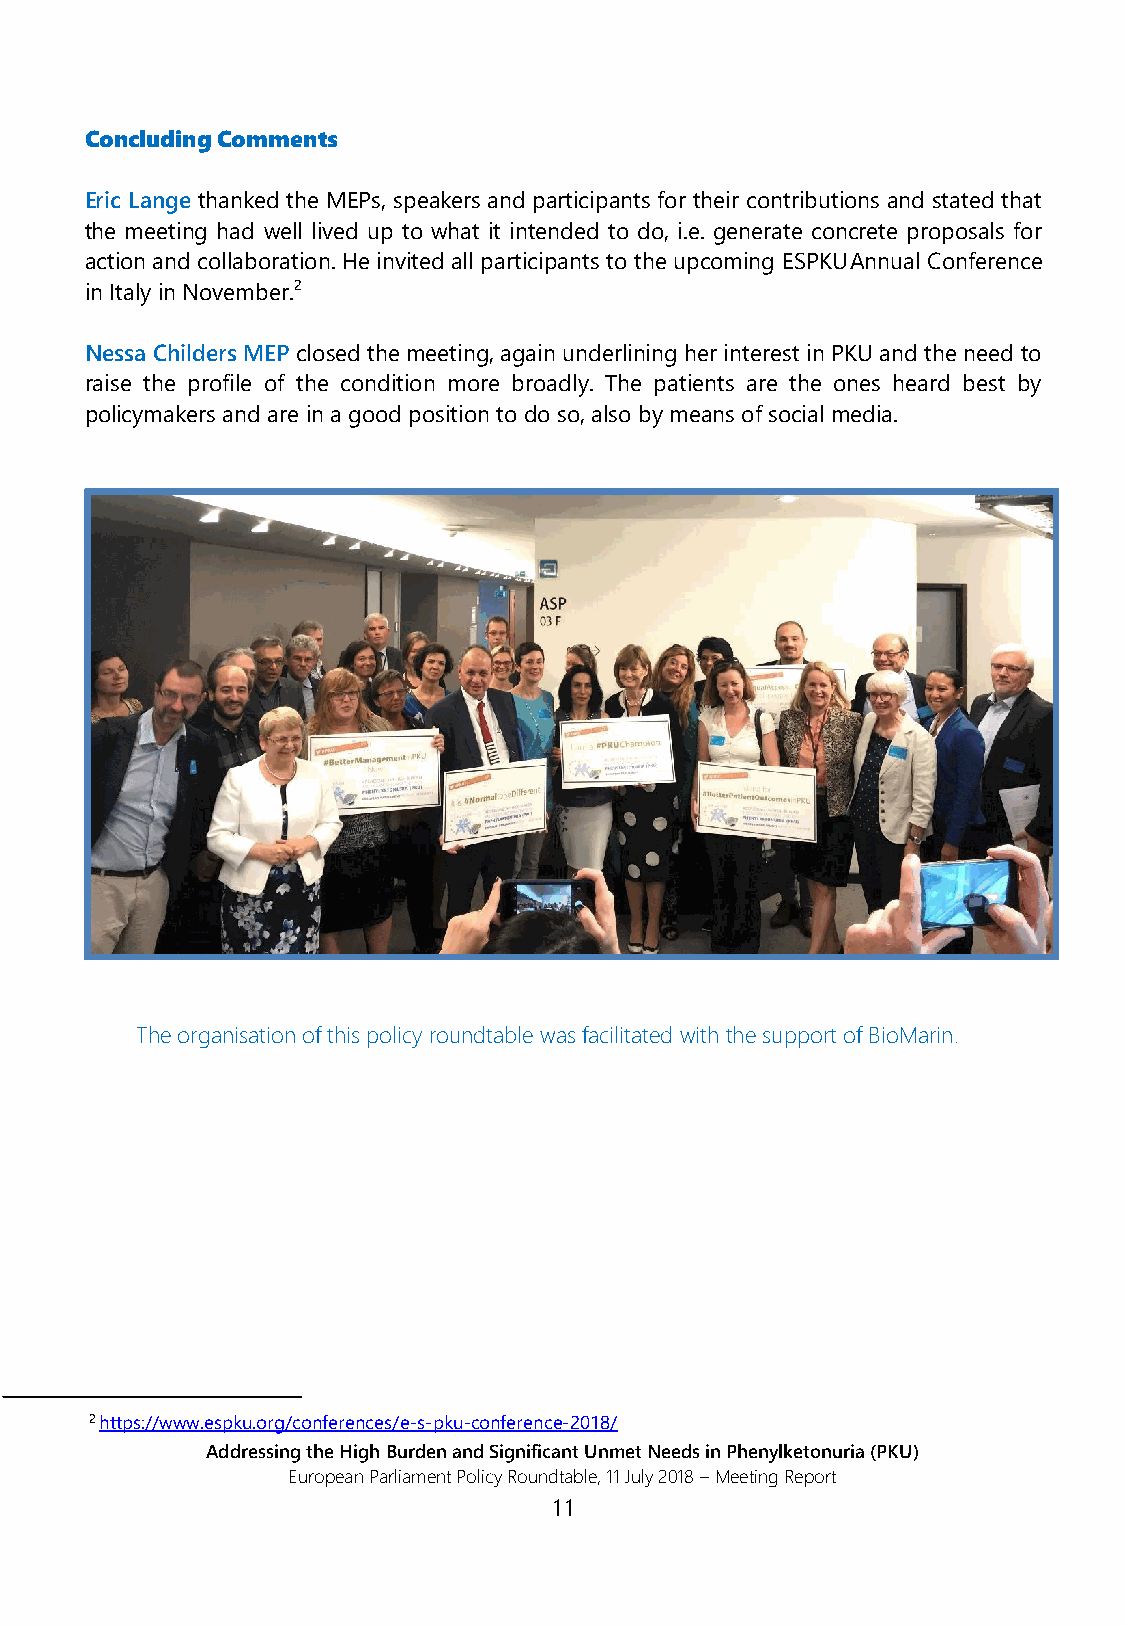
Concluding Comments
 Eric Lange thanked the MEPs, speakers and participants for their contributions and stated that
 the meeting had well lived up to what it intended to do, i.e. generate concrete proposals for
 action and collaboration. He invited all participants to the upcoming ESPKU Annual Conference
 in Italy in November.2
 Nessa Childers MEP closed the meeting, again underlining her interest in PKU and the need to
 raise the profile of the condition more broadly. The patients are the ones heard best by
 policymakers and are in a good position to do so, also by means of social media.
 The organisation of this policy roundtable was facilitated with the support of BioMarin.
 2 https://www.espku.org/conferences/e-s-pku-conference-2018/
 Addressing the High Burden and Significant Unmet Needs in Phenylketonuria (PKU)
 European Parliament Policy Roundtable, 11 July 2018 – Meeting Report
 11